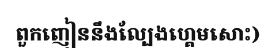
ពួកញៀននឹងល្បែងហ្គេមសោះ)